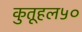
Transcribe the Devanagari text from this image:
कुतूहल५०